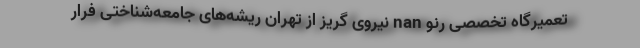
تعمیرگاه تخصصی رنو nan نیروی گریز از تهران ریشه‌های جامعه‌شناختی فرار